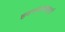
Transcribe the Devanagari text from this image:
हवनपात्रासाठी